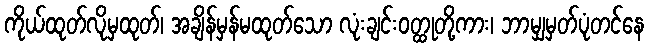
ကိုယ်ထုတ်လိုမှထုတ်၊ အချိန်မှန်မထုတ်သော လုံးချင်းဝတ္ထုတို့ကား၊ ဘာမျှမှတ်ပုံတင်နေ